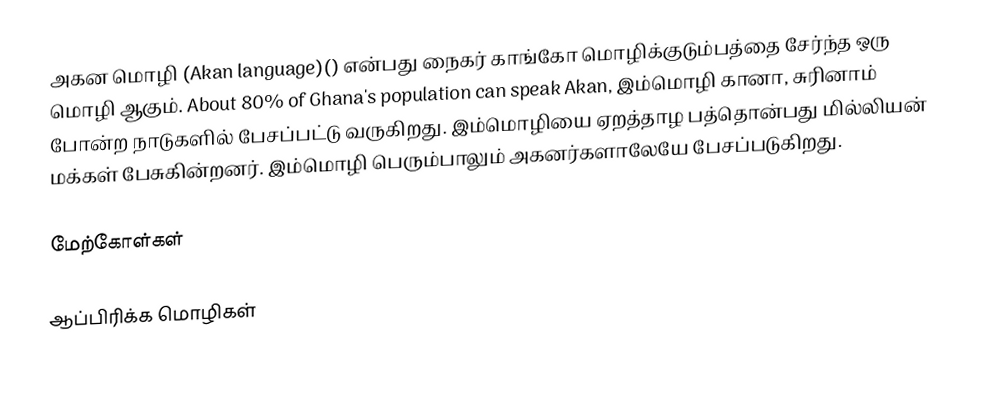
அகன மொழி (Akan language)() என்பது நைகர் காங்கோ மொழிக்குடும்பத்தை சேர்ந்த ஒரு மொழி ஆகும். About 80% of Ghana's population can speak Akan, இம்மொழி கானா, சுரினாம் போன்ற நாடுகளில் பேசப்பட்டு வருகிறது. இம்மொழியை ஏறத்தாழ பத்தொன்பது மில்லியன் மக்கள் பேசுகின்றனர். இம்மொழி பெரும்பாலும் அகனர்களாலேயே பேசப்படுகிறது.

மேற்கோள்கள்

ஆப்பிரிக்க மொழிகள்